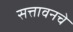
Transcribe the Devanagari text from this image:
सत्तावनचे